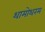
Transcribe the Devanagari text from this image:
थामोथरम